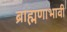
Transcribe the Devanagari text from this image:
ब्राह्मणाभावीं